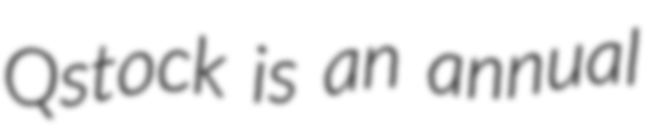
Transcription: Qstock is an annual